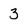
Character: 3